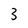
Character: 3